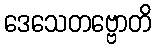
ဒေသေတဗ္ဗောတိ